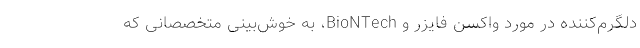
دلگرم‌کننده در مورد واکسن فایزر و BioNTech، به خوش‌بینی متخصصانی که